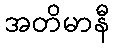
အတိမာနီ